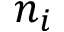
n _ { i }